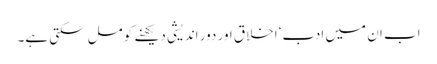
اب ان میں ادب‘ اخلاق اور دور اندیشی دیکھنے کو مل سکتی ہے۔